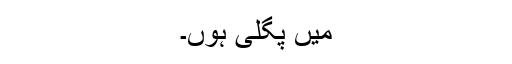
میں پگلی ہوں۔